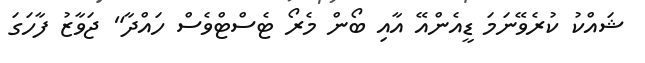
ޝައްކު ކުރެވޭނަމަ ޑީއެންއޭ އާއި ބޯން މެރޯ ޓެސްޓްވެސް ހައްދާ" ޖަވާޒު ފާހަގަ